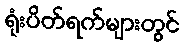
ရုံးပိတ်ရက်များတွင်